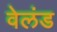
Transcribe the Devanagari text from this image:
वेलंड